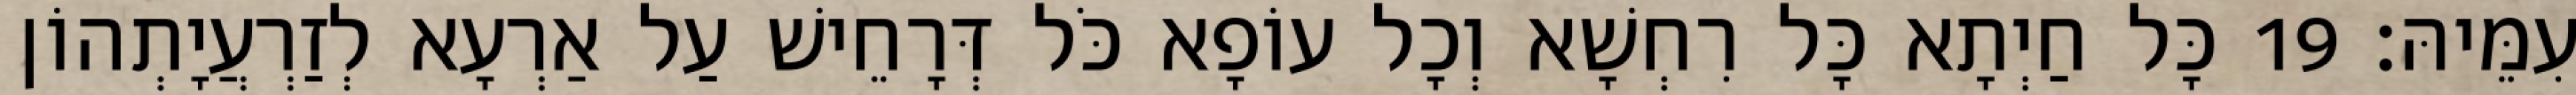
עִמֵּיהּ׃ 19 כָּל חַיְתָא כָּל רִחְשָׁא וְכָל עוֹפָא כֹּל דְּרָחֵישׁ עַל אַרְעָא לְזַרְעֲיָתְהוֹן